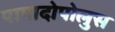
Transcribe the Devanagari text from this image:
पापादोपोलुस